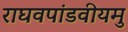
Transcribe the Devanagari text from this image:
राघवपांडवीयमु